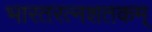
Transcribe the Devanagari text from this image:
भारतरत्नशतकम्